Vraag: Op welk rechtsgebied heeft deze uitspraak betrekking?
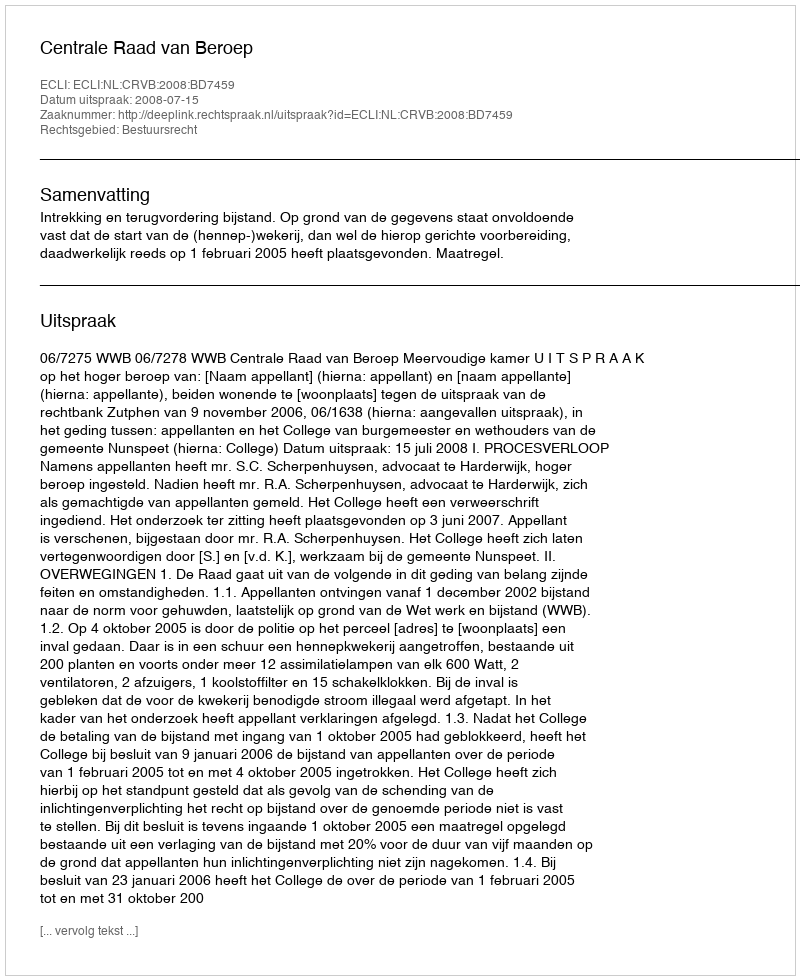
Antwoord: Bestuursrecht